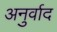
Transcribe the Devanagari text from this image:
अनुर्वाद